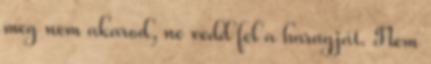
meg nem akarod, ne vedd fel a haragját. Nem